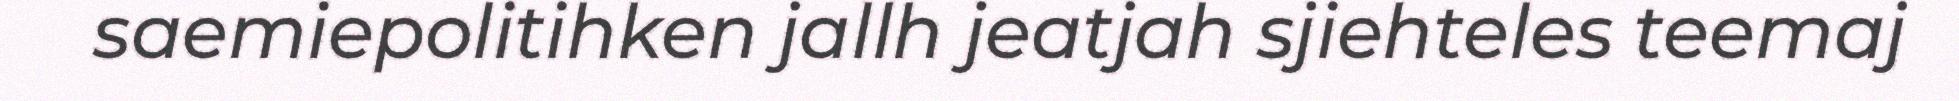
saemiepolitihken jallh jeatjah sjiehteles teemaj